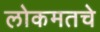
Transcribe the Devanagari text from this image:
लोकमतचे